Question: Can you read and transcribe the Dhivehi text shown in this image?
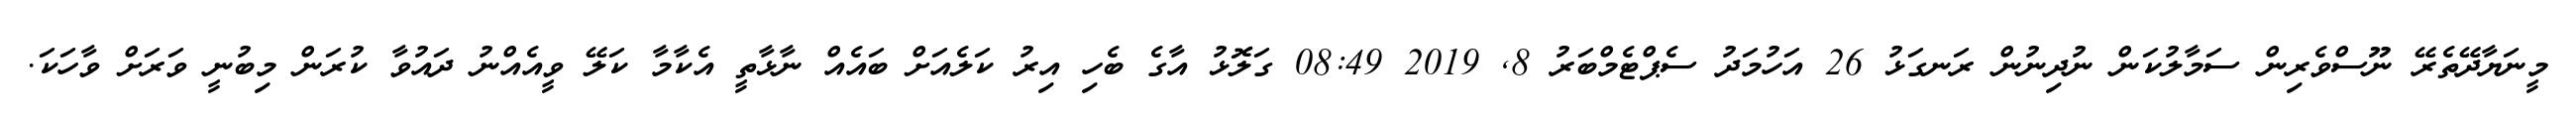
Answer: މީނަޔާދޭތެރޭ ނޫސްވެރިން ސަމާލުކަން ނުދިނުން ރަނގަޅު 26 އަހުމަދު ސެޕްޓެމްބަރު 8, 2019 08:49 ގަލޮޅު އާގެ ބެހި އިރު ކަލެއަށް ބައެއް ނާޅާތީ އެކާމާ ކަލޭ ވީއެއްނު ދައުވާ ކުރަން މިބުނީ ވަރަށް ވާހަކަ.